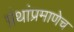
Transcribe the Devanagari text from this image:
ग्रंथांप्रमाणेच